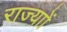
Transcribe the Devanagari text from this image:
राज्याों